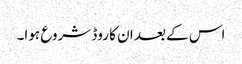
اس کے بعد ان کا روڈ شروع ہوا۔